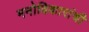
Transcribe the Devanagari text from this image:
मनोविकारांची